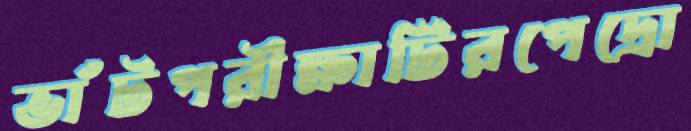
ভাঁটপরীক্ষাটিরপেদ্রো